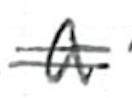
Text: a
Cross-out: double-line
Writing tool: ballpoint